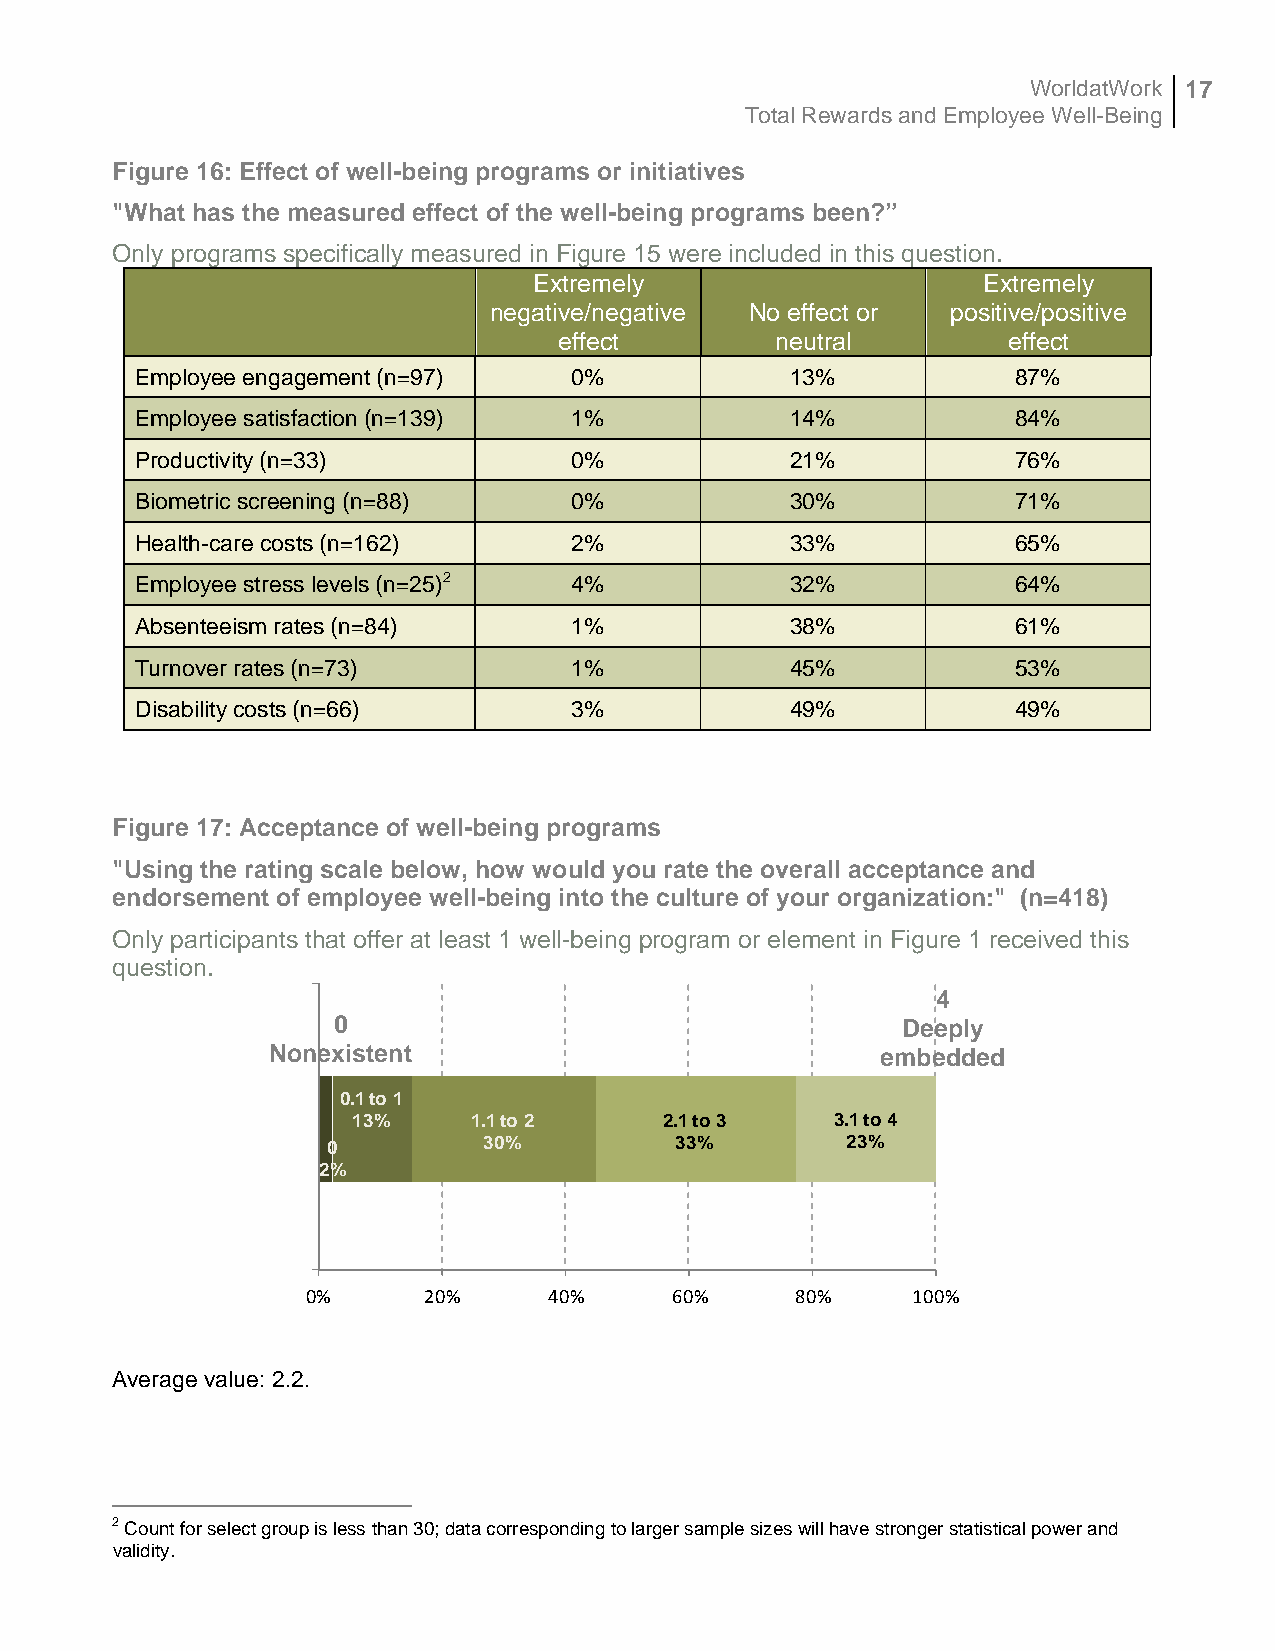
WorldatWork 17
 Total Rewards and Employee Well-Being
 Figure 16: Effect of well-being programs or initiatives
 "What has the measured effect of the well-being programs been?”
 Only programs specifically measured in Figure 15 were included in this question.
 Extremely                     Extremely
 negative/negative No effect or positive/positive
 effect        neutral         effect
 Employee engagement (n=97)   0%            13%            87%
 Employee satisfaction (n=139) 1%           14%            84%
 Productivity (n=33)          0%            21%            76%
 Biometric screening (n=88)   0%            30%            71%
 Health-care costs (n=162)    2%            33%            65%
 Employee stress levels (n=25)2 4%          32%            64%
 Absenteeism rates (n=84)     1%            38%            61%
 Turnover rates (n=73)        1%            45%            53%
 Disability costs (n=66)      3%            49%            49%
 Figure 17: Acceptance of well-being programs
 "Using the rating scale below, how would you rate the overall acceptance and
 endorsement of employee well-being into the culture of your organization:" (n=418)
 Only participants that offer at least 1 well-being program or element in Figure 1 received this
 question.
 4
 0                                     Deeply
 Nonexistent                             embedded
 0.1 to 1
 13%     1.1 to 2     2.1 to 3   3.1 to 4
 0         30%          33%        23%
 2%
 0%      20%     40%     60%      80%    100%
 Average value: 2.2.
 2 Count for select group is less than 30; data corresponding to larger sample sizes will have stronger statistical power and
 validity.